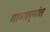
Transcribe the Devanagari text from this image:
गाणार्‍यांत